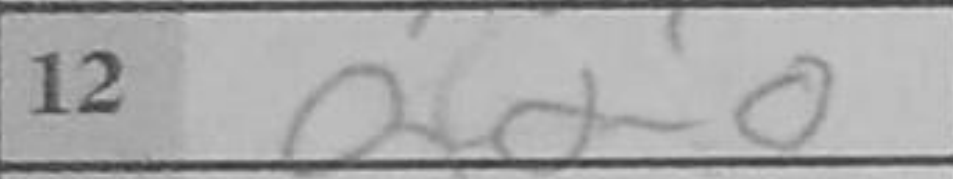
Transcription: O-O-O